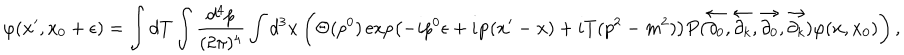
\varphi ( { \bf x } ^ { \prime } , x _ { 0 } + \epsilon ) = \int d T \int \frac { d ^ { 4 } p } { ( 2 \pi ) ^ { 4 } } \int d ^ { 3 } { \bf x } \left( \Theta ( p ^ { 0 } ) \exp \left( - i p ^ { 0 } \epsilon + i { \bf p } ( { \bf x } ^ { \prime } - { \bf x } ) + i T ( p ^ { 2 } - m ^ { 2 } ) \right) P ( \stackrel { \leftarrow } { \partial _ { 0 } } , \stackrel { \leftarrow } { \partial _ { k } } , \stackrel { \rightarrow } { \partial _ { 0 } } , \stackrel { \rightarrow } { \partial _ { k } } ) \varphi ( { \bf x } , x _ { 0 } ) \right) ,